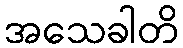
အသေခါတိ